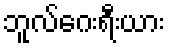
ဘူလ်ဂေးရီးယား